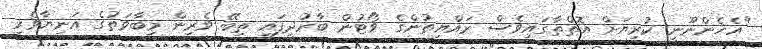
"އެހެންނޫނީ ކުރިޔަށް އޮތްތާގައިވެސް ރައްޔިތުންގެ ވޯޓުން ބާރުދީފައި ތިބޭ ވެރިން މިބާވަތުގެ އަނިޔާވެރި